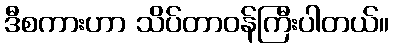
ဒီစကားဟာ သိပ်တာဝန်ကြီးပါတယ်။